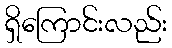
ရှိကြောင်းလည်း